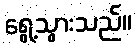
ရွေ့သွားသည်။